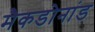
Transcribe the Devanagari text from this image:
मैकडोनांड